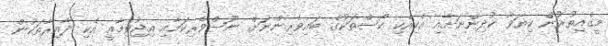
މީގެއިތުރުން ކިޔަވާ ކުދިންނަށާއި އެކިއެކި ކޯސްތަކުގެ ބައިވެރިންނަށް ނޫސްވެރިކަމާއި އިޖުތިމާޢީ އެކި ދާއިރާތަކުން